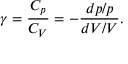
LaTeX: \gamma = { \frac { C _ { p } } { C _ { V } } } = - { \frac { d p / p } { d V / V } } .